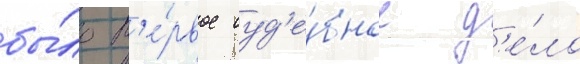
бы́ло п'е́рвое суд'е́бное д'е́ло